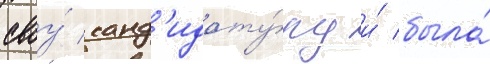
своу́ канд'идату́ру и́ была́